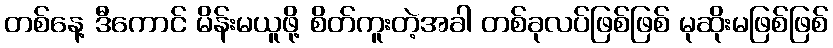
တစ်နေ့ ဒီကောင် မိန်းမယူဖို့ စိတ်ကူးတဲ့အခါ တစ်ခုလပ်ဖြစ်ဖြစ် မုဆိုးမဖြစ်ဖြစ်